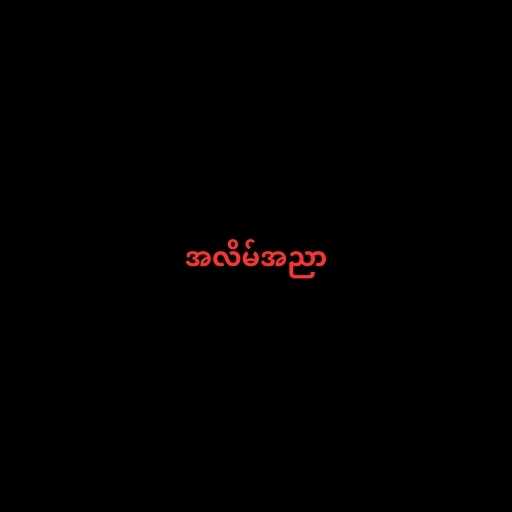
အလိမ်အညာ